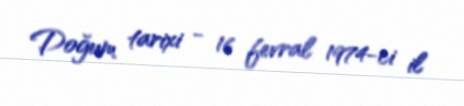
Doğum tarixi - 16 fevral 1974-ci il